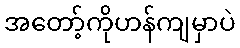
အတော့်ကိုဟန်ကျမှာပဲ